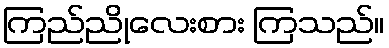
ကြည်ညိုလေးစား ကြသည်။